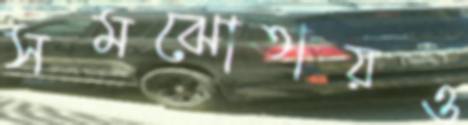
সমঝোতায়ও